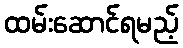
ထမ်းဆောင်ရမည့်